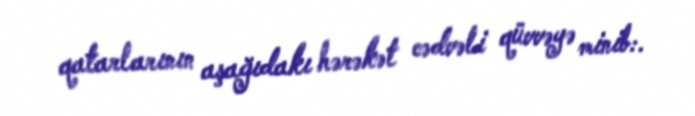
qatarlarının aşağıdakı hərəkət cədvəli qüvvəyə minib:.